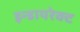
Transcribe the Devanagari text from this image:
इन्डायरेक्ट